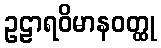
ဥဠာရဝိမာနဝတ္ထု